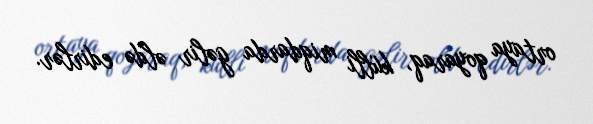
ortaya qoyaraq, külli miqdarda gəlir əldə edirlər.